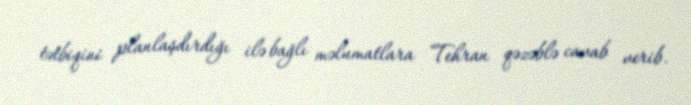
tətbiqini planlaşdırdığı ilə bağlı məlumatlara Tehran qəzəblə cavab verib.